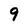
Character: 9